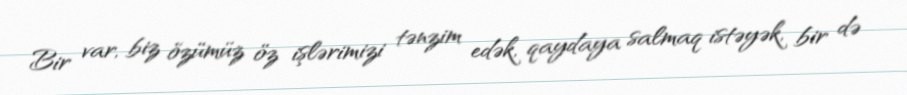
Bir var, biz özümüz öz işlərimizi tənzim edək, qaydaya salmaq istəyək, bir də